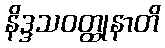
နိဒ္ဒသဝတ္ထုနာတိ